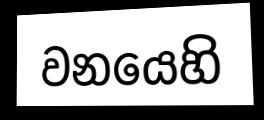
වනයෙහි